Vaccination in the Punjab 1867-1880 - 1867-1880
Year: 1867
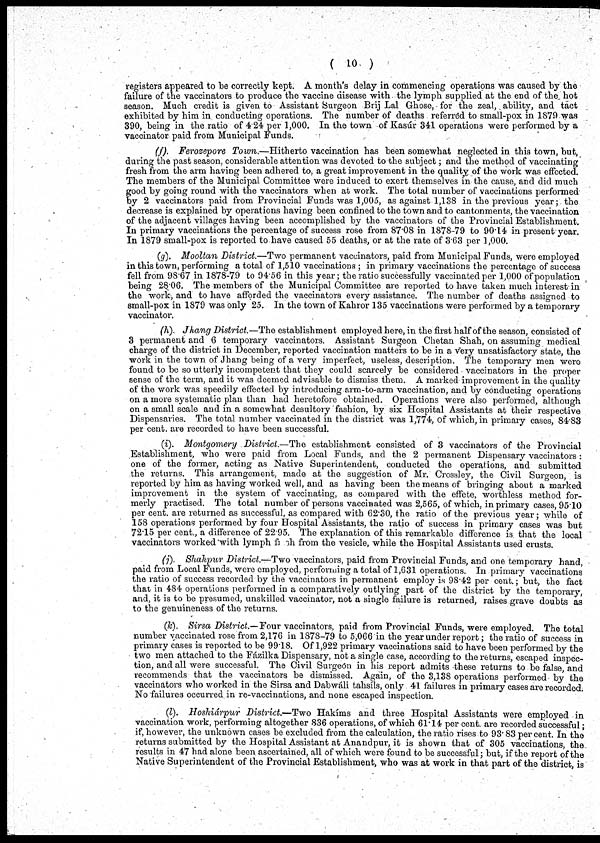
( 10 )
registers appeared to be correctly kept. A month's delay in commencing operations was caused by the
failure of the vaccinators to produce the vaccine disease with the lymph supplied at the end of the hot
season. Much credit is given to Assistant Surgeon Brij Lal Ghose, for the zeal, ability, and tact
exhibited by him in conducting operations. The number of deaths referred to small-pox in 1879 was
390, being in the ratio of 4.24 per 1,000. In the town of Kasúr 341 operations were performed by a
vaccinator paid from Municipal Funds.
(f). Ferozepore Town.—Hitherto vaccination has been somewhat neglected in this town, but,
during the past season, considerable attention was devoted to the subject; and the method of vaccinating
fresh from the arm having been adhered to, a great improvement in the quality of the work was effected.
The members of the Municipal Committee were induced to exert themselves in the cause, and did much
good by going round with the vaccinators when at work. The total number of vaccinations performed
by 2 vaccinators paid from Provincial Funds was 1,005, as against 1,138 in the previous year; the
decrease is explained by operations having been confined to the town and to cantonments, the vaccination
of the adjacent villages having been accomplished by the vaccinators of the Provincial Establishment.
In primary vaccinations the percentage of success rose from 87.08 in 1878-79 to 90.14 in present year.
In 1879 small-pox is reported to have caused 55 deaths, or at the rate of 3.63 per 1,000.
(g). Mooltan District.—Two permanent vaccinators, paid from Municipal Funds, were employed
in this town, performing a total of 1,510 vaccinations; in primary vaccinations the percentage of success
fell from 98.67 in 1878-79 to 94.56 in this year; the ratio successfully vaccinated per 1,000 of population
being 28.06. The members of the Municipal Committee are reported to have taken much interest in
the work, and to have afforded the vaccinators every assistance. The number of deaths assigned to
small-pox in 1879 was only 25. In the town of Kahror 135 vaccinations were performed by a temporary
vaccinator.
(h). Jhang District.—The establishment employed here, in the first half of the season, consisted of
3 permanent and 6 temporary vaccinators. Assistant Surgeon Chetan Shah, on assuming medical
charge of the district in December, reported vaccination matters to be in a very unsatisfactory state, the
work in the town of Jhang being of a very imperfect, useless, description. The temporary men were
found to be so utterly incompetent that they could scarcely be considered vaccinators in the proper
sense of the term, and it was deemed advisable to dismiss them. A marked improvement in the quality
of the work was speedily effected by introducing arm-to-arm vaccination, and by conducting operations
on a more systematic plan than had heretofore obtained. Operations were also performed, although
on a small scale and in a somewhat desultory fashion, by six Hospital Assistants at their respective
Dispensaries. The total number vaccinated in the district was 1,774, of which, in primary cases, 8483
per cent. are recorded to have been successful.
(i). Montgomery District.—The establishment consisted of 3 vaccinators of the Provincial
Establishment, who were paid from Local Funds, and the 2 permanent Dispensary vaccinators:
one of the former, acting as Native Superintendent, conducted the operations, and submitted
the returns. This arrangement, made at the suggestion of Mr. Crossley, the Civil Surgeon, is
reported by him as having worked well, and as having been the means of bringing about a marked
improvement in the system of vaccinating, as compared with the effete, worthless method for-
merly practised. The total number of persons vaccinated was 2,565, of which, in primary cases, 95.10
per cent. are returned as successful, as compared with 62.30, the ratio of the previous year; while of
158 operations performed by four Hospital Assistants, the ratio of success in primary cases was but
72.15 per cent., a difference of 22.95. The explanation of this remarkable difference is that the local
vaccinators worked with lymph fresh from the vesicle, while the Hospital Assistants used crusts.
(j). Shahpur District.—Two vaccinators, paid from Provincial Funds, and one temporary hand,
paid from Local Funds, were employed, performing a total of 1,631 operations. In primary vaccinations
the ratio of success recorded by the vaccinators in permanent employ is 98.42 per cent.; but, the fact
that in 484 operations performed in a comparatively outlying part of the district by the temporary,
and, it is to be presumed, unskilled vaccinator, not a single failure is returned, raises grave doubts as
to the genuineness of the returns.
(k). Sirsa District.—Four vaccinators, paid from Provincial Funds, were employed. The total
number vaccinated rose from 2,176 in 1878-79 to 5,066 in the year under report; the ratio of success in
primary cases is reported to be 99.18. Of 1,922 primary vaccinations said to have been performed by the
two men attached to the Fázilka Dispensary, not a single case, according to the returns, escaped inspec-
tion, and all were successful. The Civil Surgeon in his report admits these returns to be false, and
recommends that the vaccinators be dismissed. Again, of the 3,138 operations performed by the
vaccinators who worked in the Sirsa and Dabwáli tahsíls, only 41 failures in primary cases are recorded.
No failures occurred in re-vaccinations, and none escaped inspection.
(l). Hoshiárpur District.—Two Hakíms and three Hospital Assistants were employed in
vaccination work, performing altogether 836 operations, of which 61.14 per cent. are recorded successful;
if, however, the unknown cases be excluded from the calculation, the ratio rises to 93.83 per cent. In the
returns submitted by the Hospital Assistant at Anandpur, it is shown that of 305 vaccinations, the
results in 47 had alone been ascertained, all of which were found to be successful; but, if the report of the
Native Superintendent of the Provincial Establishment, who was at work in that part of the district, is